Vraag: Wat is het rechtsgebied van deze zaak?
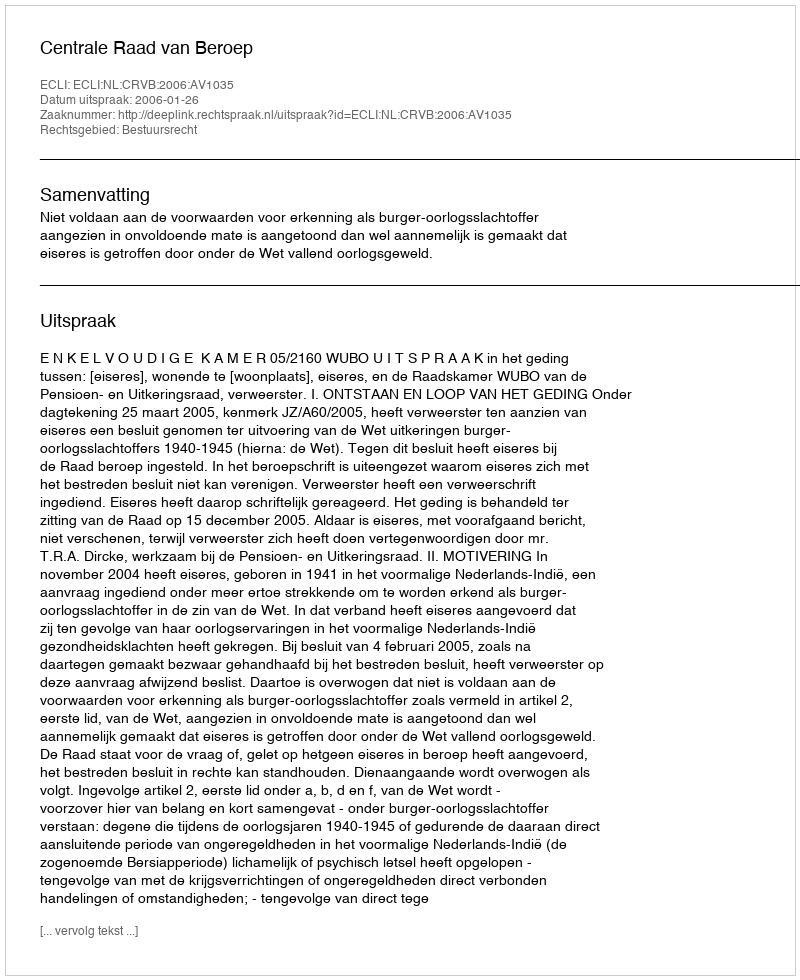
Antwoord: Bestuursrecht